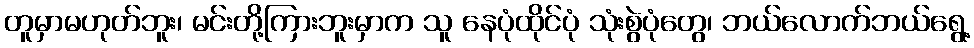
တူမှာမဟုတ်ဘူး၊ မင်းတို့ကြားဘူးမှာက သူ နေပုံထိုင်ပုံ သုံးစွဲပုံတွေ၊ ဘယ်လောက်ဘယ်ရွေ့